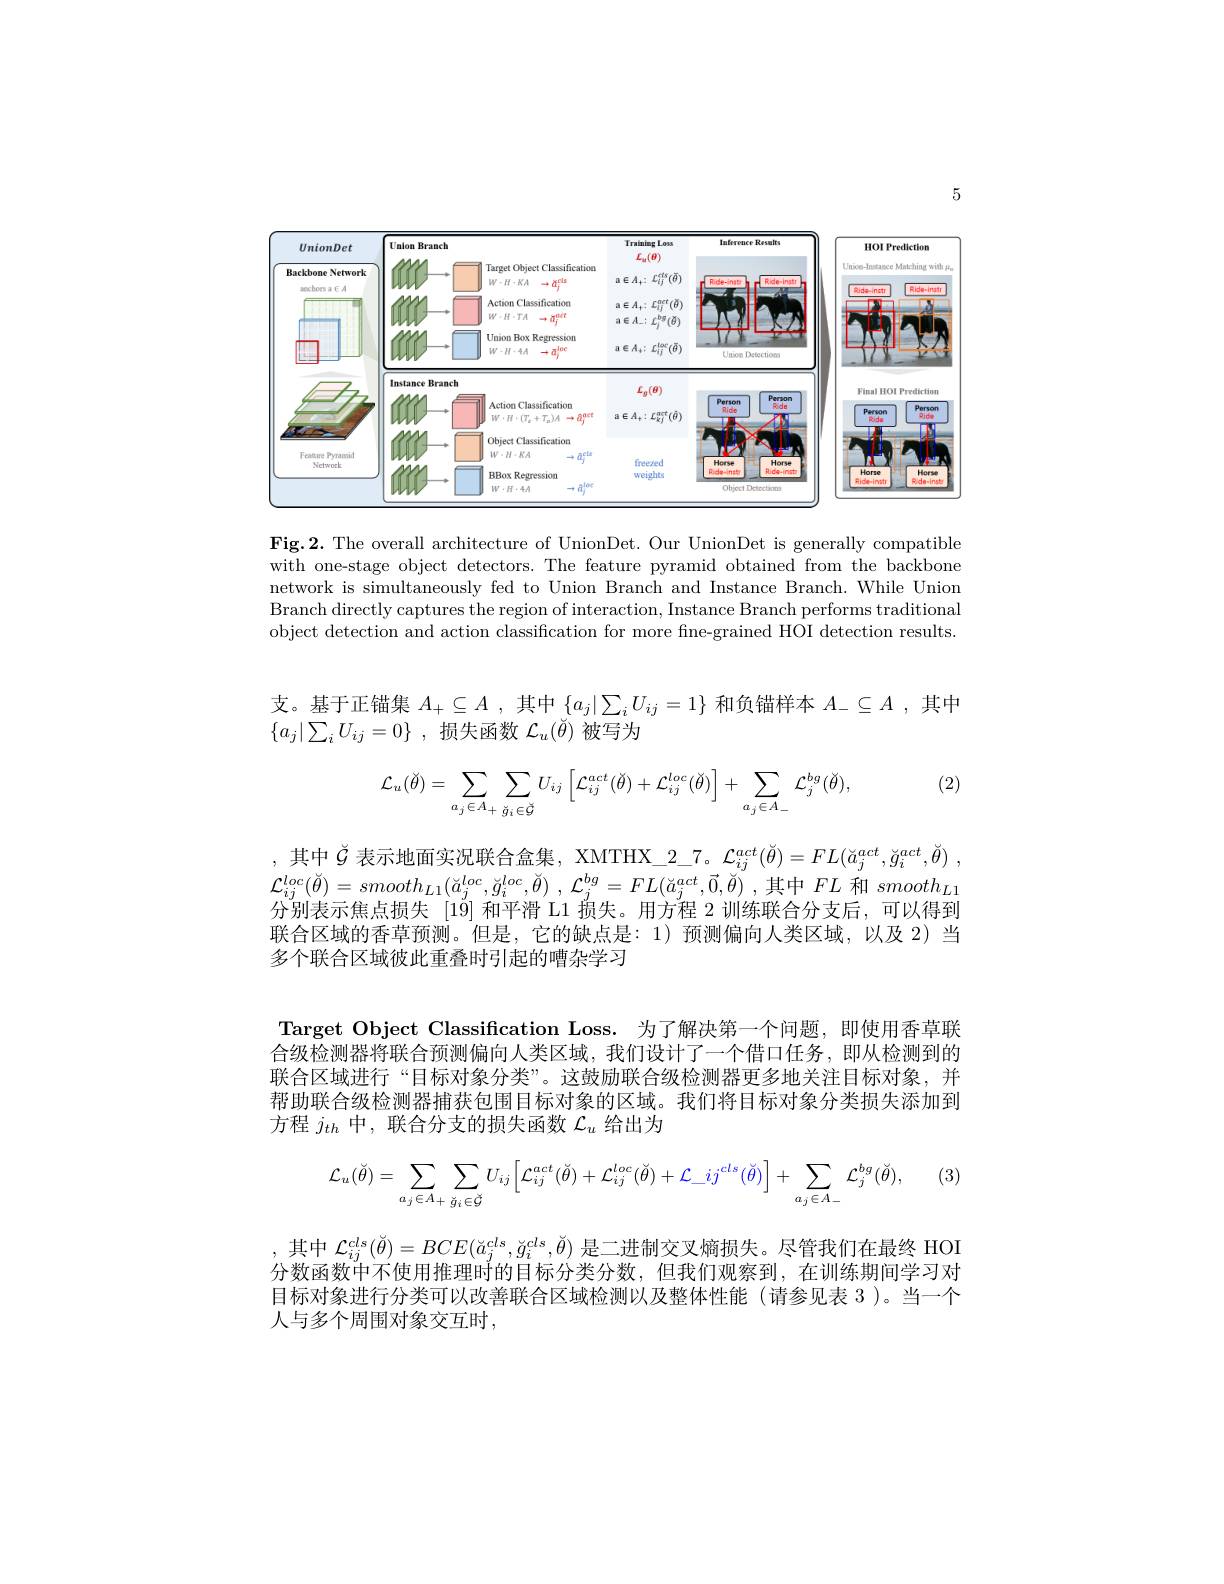
5

<FigureHere>

$\mathbf{Fig.2.~The~overall~architecture~of~UnionDet.~Our~UnionDet~is~generally~compatible~}$ with one-stage object detectors. The feature pyramid obtained from the backbone network is simultaneously fed to Union Branch and Instance Branch. While Union Branch directly captures the region of interaction, Instance Branch performs traditional object detection and action classification for more fne-grained HOI detection results.

支。基于正锚集$A_+\subseteq A$ ,其中$\{a_j|\sum_iU_{ij}=1\}$和负锚样本$A_-\subseteq A$ ,其中
$\{ a_j| \sum _iU_{ij}= 0\}$ ,损失函数 $\mathcal{L}_u(\check{\theta})$ 被写为

(2)
$$\mathcal{L}_{u}(\check{\theta})=\sum_{a_{j}\in A_{+}}\sum_{\breve{g}_{i}\in\check{\mathcal{G}}}U_{ij}\left[\mathcal{L}_{ij}^{act}(\check{\theta})+\mathcal{L}_{ij}^{loc}(\check{\theta})\right]+\sum_{a_{j}\in A_{-}}\mathcal{L}_{j}^{bg}(\check{\theta}),$$
,其中$\check{G}$表示地面实况联合盒集，XMTHX\_2\_7。$\mathcal{L} _ij^{act}( \check{\theta } ) = FL( \check{a} _j^{act}, \check{g} _i^{act}, \check{\theta } )$ , $\mathcal{L} _{ij}^{loc}( \check{\theta } ) = smooth_{L1}( \check{a} _{j}^{loc}, \check{g} _{i}^{loc}, \check{\theta } )$ , $\mathcal{L} _{j}^{bg}= FL( \check{a} _{j}^{act}, \vec{0} , \check{\theta } )$ ,其中$FL$和$smooth_{L1}$ 分别表示焦点损失 [19]和平滑 L1 损失。用方程 2 训练联合分支后，可以得到联合区域的香草预测。但是，它的缺点是：1)预测偏向人类区域，以及 2)当多个联合区域彼此重叠时引起的嘈杂学习

Target Object Classification Loss. 为了解决第一个问题，即使用香草联合级检测器将联合预测偏向人类区域，我们设计了一个借口任务，即从检测到的联合区域进行“目标对象分类”。这鼓励联合级检测器更多地关注目标对象，并帮助联合级检测器捕获包围目标对象的区域。我们将目标对象分类损失添加到方程$j_{th}$中，联合分支的损失函数$\mathcal{L}_u$给出为
(3)
$$\mathcal{L}_{u}(\breve{\theta})=\sum_{a_{j}\in A_{+}}\sum_{\breve{g}_{i}\in\breve{G}}U_{ij}\Big[\mathcal{L}_{ij}^{act}(\breve{\theta})+\mathcal{L}_{ij}^{loc}(\breve{\theta})+\mathcal{L}_{-}ij^{cls}(\breve{\theta})\Big]+\sum_{a_{j}\in A_{-}}\mathcal{L}_{j}^{bg}(\breve{\theta}),$$
,其中$\mathcal{L}_{ij}^{cls}(\check{\theta})=BCE(\check{a}_j^{cls},\check{g}_i^{cls},\check{\theta})$是二进制交叉熵损失。尽管我们在最终 HOI 分数函数中不使用推理时的目标分类分数，但我们观察到，在训练期间学习对目标对象进行分类可以改善联合区域检测以及整体性能(请参见表 3)。当一个

人与多个周围对象交互时，